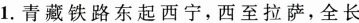
1.青藏铁路东起西宁，西至拉萨，全长